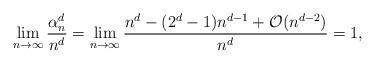
LaTeX: \begin{align*}\lim_{n\to \infty} \frac{\alpha_n^d}{n^d}=\lim_{n\to \infty} \frac{n^d - (2^d-1)n^{d-1} + \mathcal{O}(n^{d-2})}{n^d}=1,\end{align*}